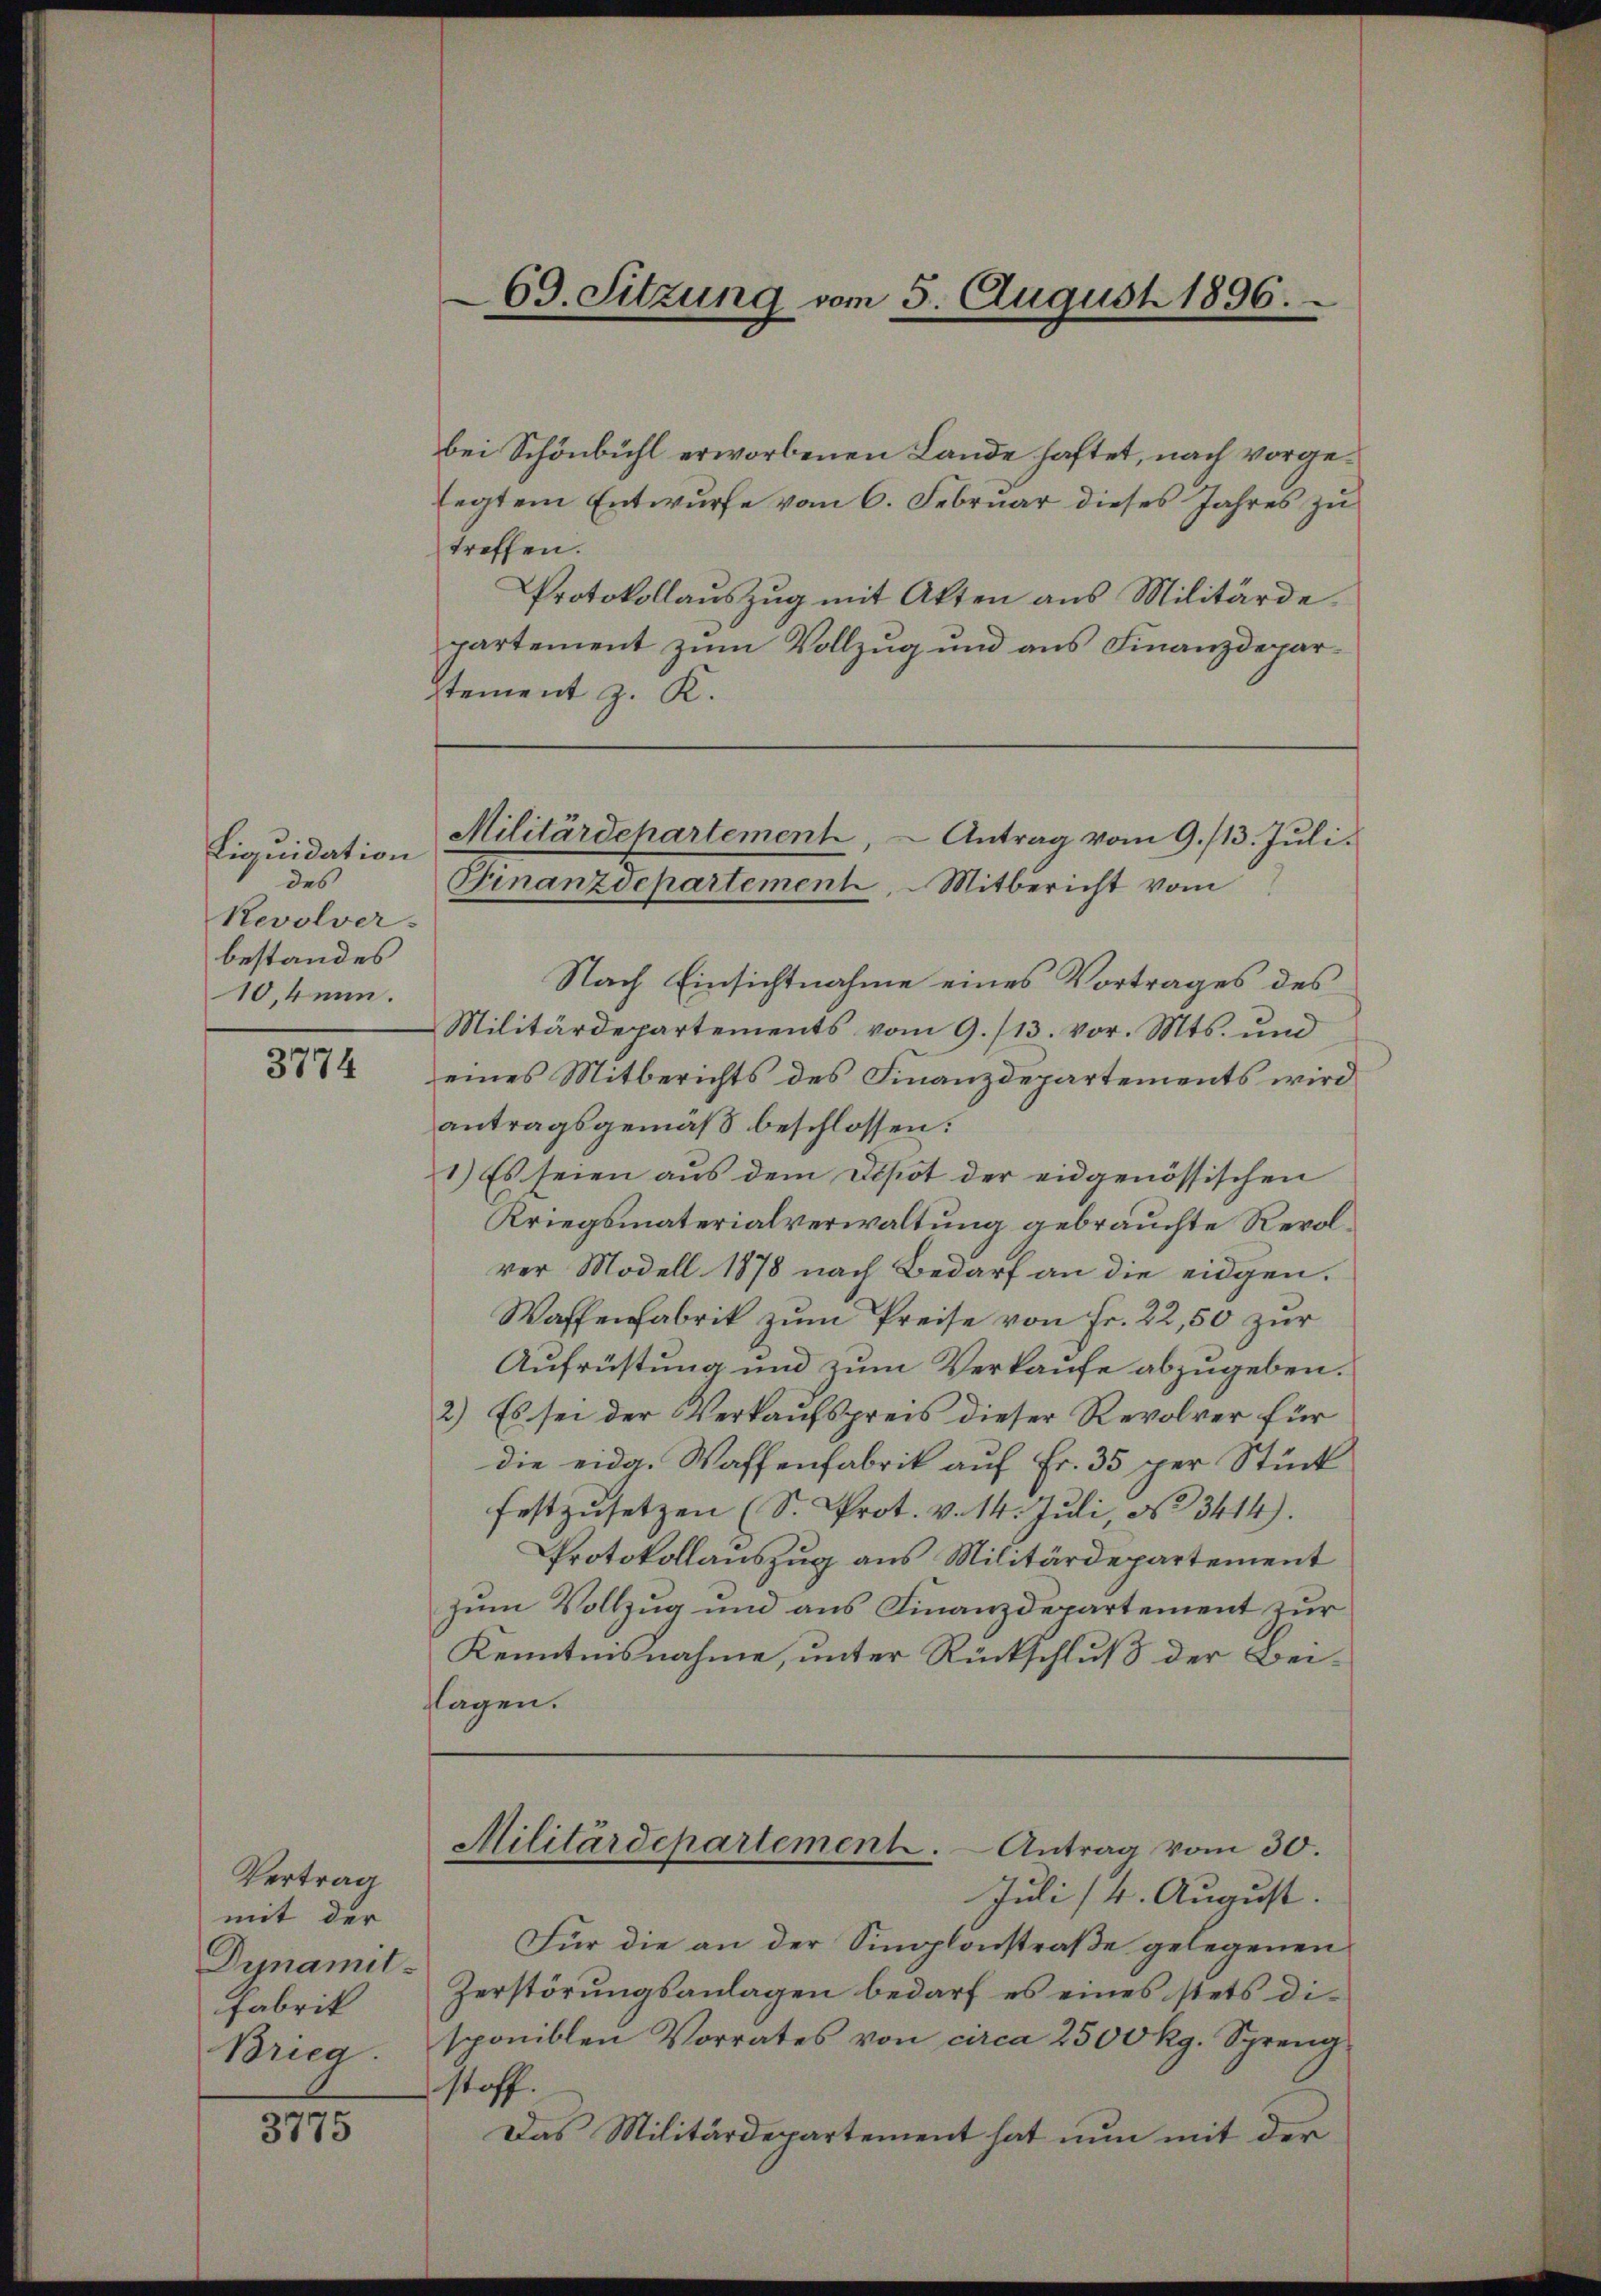
Liquidation
des
Revolver.
bestandes
10,kann.

3774

Vertrag
mit der
Fabrik
Brieg.

3775

69. Sitzung vom 5. August 1896.

bei Schönbühl erworbenen Lande haftet, nach vorgelegtem Entwurfe vom 6. Februar dieses Jahres zu
treffen.
Protokollaŭszŭg mit Akten ans Militärde
partement zum Vollzug und aus Finanzdeparstement z. K.
Nach Einsichtnahme eines Vortrages des
Militärdepartements vom 9./13. vor. Mts. und
eines Mitberichts des Finanzdepartements wird
antragsgemäß beschlossen:
1) Es seien aus dem Depot der eidgenössischen
Kriegsmaterialverwaltung gebrauchte Revolrer Modell 1878 nach Bedarf an die eidgen.
Waffenfabrik zum Preise von Fr. 22,50 zur
Aufrüstung und zum Verkaufe abzugeben.
2) Es sei der Verkaufspreis dieser Revolver für
die eidg. Waffenfabrik auf Fr. 35 per Stück
festzusetzen (S. Prot. v. 14. Juli, No 3414).
Protokollauszug aus Militärdepartement
zum Vollzug und aus Finanzdepartement zur
Kenntnisnahme, unter Rückschluß der Bei¬
Tagen.

Militärdehartement, Antrag vom 9./13. Juli.
Finanzdepartement. Mitbericht vom

Juli (4. August.
Für die an der Simplonstraße gelegenen
Dunamit Zerstörŭngsanlagen bedarf es eines stets di-
sponiblen Vorrates von circa 2500 Rg. Spreng
stoff.
Das Militärdepartement hat nun mit der

Militärdepartement. Antrag vom 30.